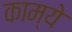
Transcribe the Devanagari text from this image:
काम्ये